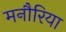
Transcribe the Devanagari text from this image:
मनौरिया